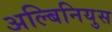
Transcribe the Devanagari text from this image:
अल्बिनियुस